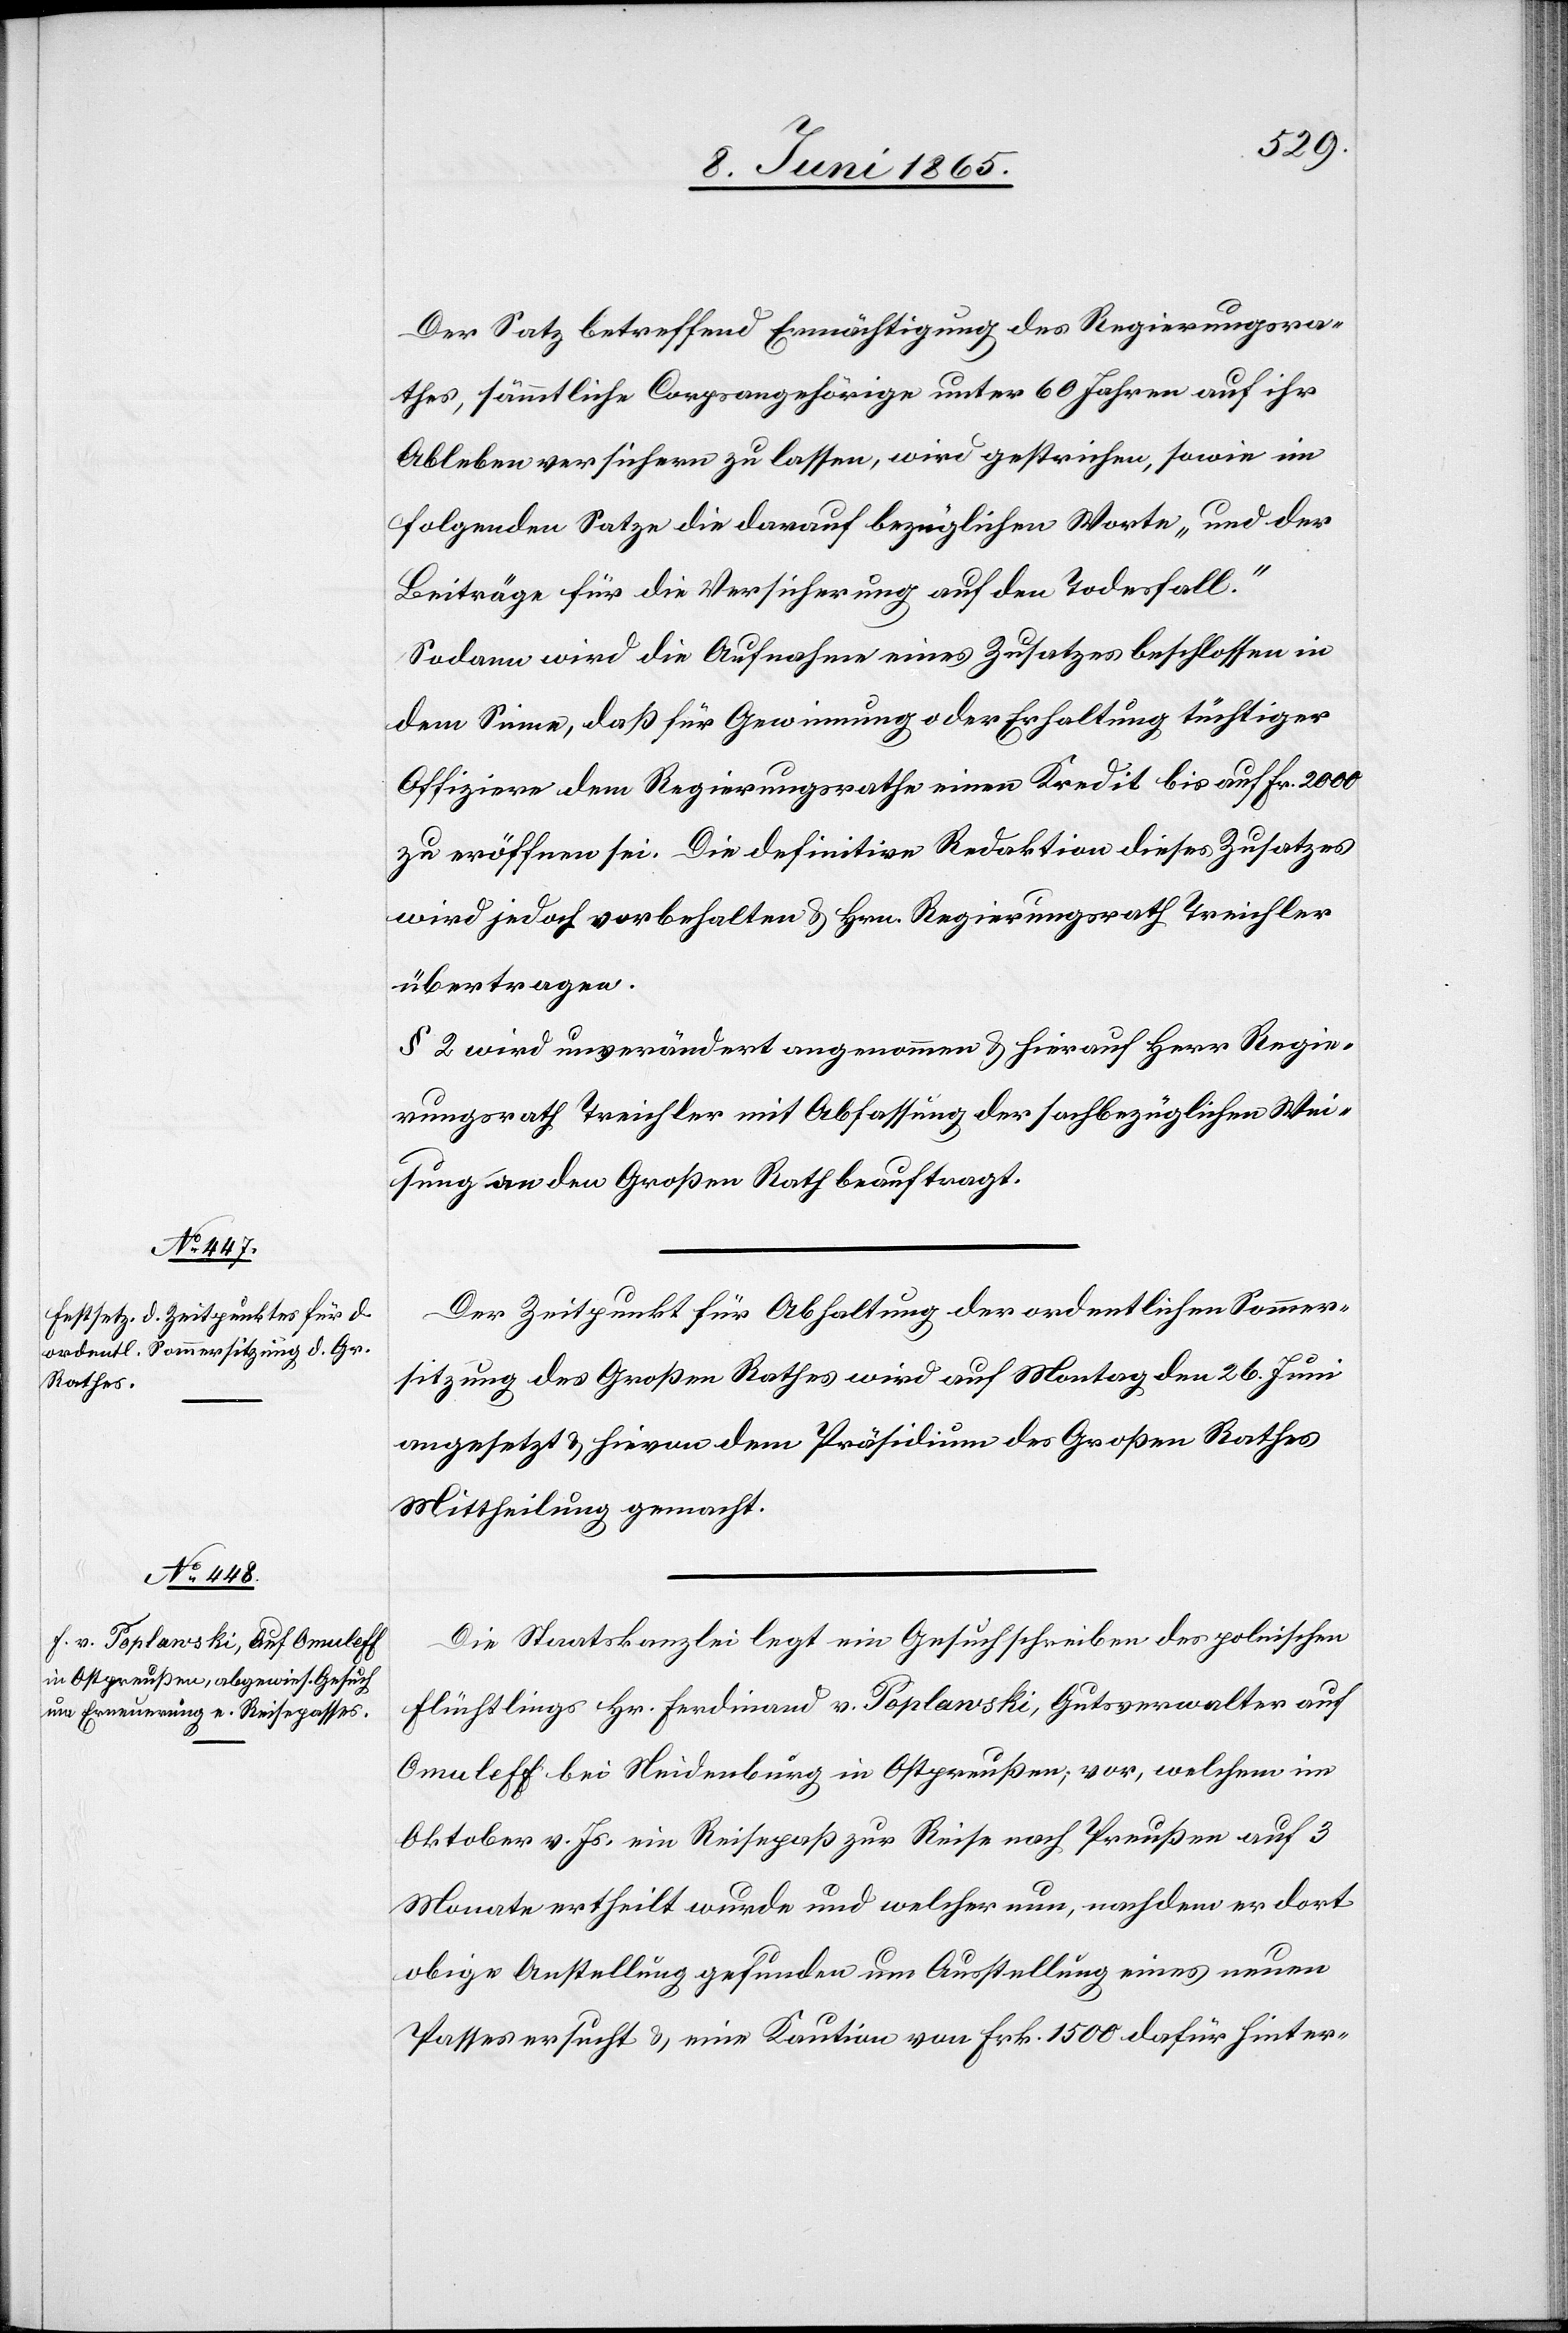
Der Satz betreffend Ermächtigung des Regierungsra¬
thes, sämmtliche Corpsangehörige unter 60 Jahren auf ihr
Ableben versichern zu lassen, wird gestrichen, sowie im
folgenden Satze die darauf bezüglichen Worte „und der
Beiträge für die Versicherung auf den Todesfall.“
Sodann wird die Aufnahme eines Zusatzes beschlossen in
dem Sinne, daß für Gewinnung oder Erhaltung tüchtiger
Offiziere dem Regierungsrathe einen Kredit bis auf Fr. 2000
zu eröffnen sei. Die definitive Redaktion dieses Zusatzes
wird jedoch vorbehalten & Hrn. Regierungsrath Treichler
übertragen.
§ 2 wird unverändert angenommen & hierauf Herr Regie¬
rungsrath Treichler mit Abfassung der sachbezüglichen Wei¬
sung an den Großen Rath beauftragt.
Der Zeitpunkt für Abhaltung der ordentlichen Sommer¬
sitzung des Großen Rathes wird auf Montag den 26. Juni
angesetzt & hievon dem Präsidium des Großen Rathes
Mittheilung gemacht.
Die Staatskanzlei legt ein Gesuchschreiben des polnischen
Flüchtlings Hr. Ferdinand v. Poplawski, Gutsverwalter auf
Omuleff bei Neidenburg in Ostpreußen; vor, welchem im
Oktober v. Js., ein Reisepaß zur Reise nach Preußen auf 3
Monate ertheilt wurde und welcher nun, nachdem er dort
obige Anstellung gefunden um Ausstellung eines neuen
Passes ersucht & eine Kaution von Frk. 1500 dafür hinter-